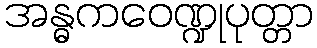
အန္ဓကဝေဏ္ဍုပုတ္တာ